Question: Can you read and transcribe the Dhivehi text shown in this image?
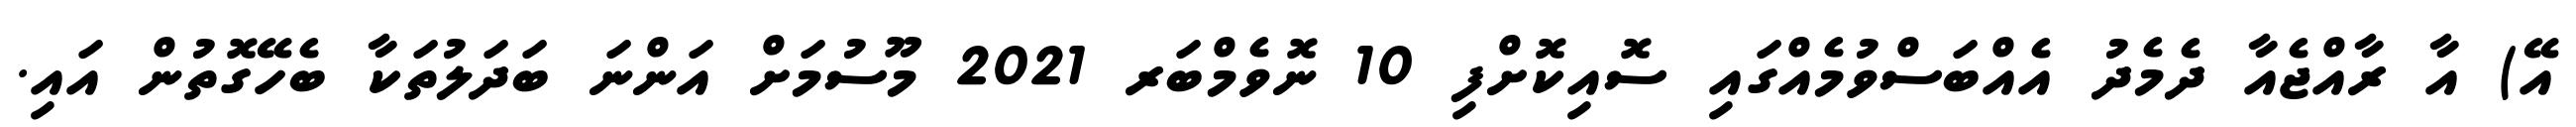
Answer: އޭ) އާ ރާއްޖެއާ ދެމެދު އެއްބަސްވުމެއްގައި ސޮއިކޮށްފި 10 ނޮވެމްބަރ 2021 މޫސުމަށް އަންނަ ބަދަލުތަކާ ބެހޭގޮތުން އައި.